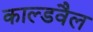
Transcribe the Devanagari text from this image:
काल्डवैल